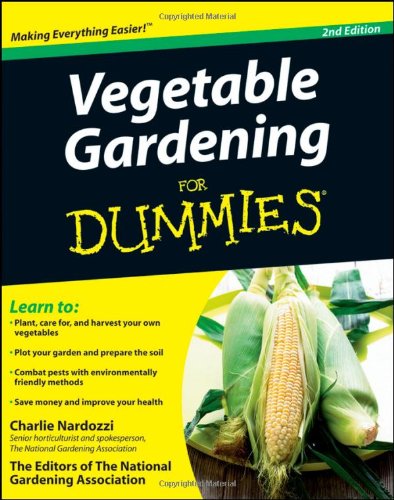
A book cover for Vegetable Gardening For Dummies; Charlie Nardozzi; Crafts, Hobbies & Home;